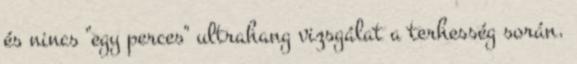
és nincs "egy perces" ultrahang vizsgálat a terhesség során.